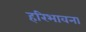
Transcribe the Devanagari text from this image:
हरिभावना